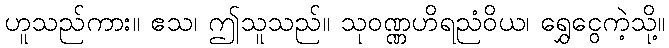
ဟူသည်ကား။ ဧသ၊ ဤသူသည်။ သုဝဏ္ဏဟိရညံဝိယ၊ ရွှေငွေကဲ့သို့။